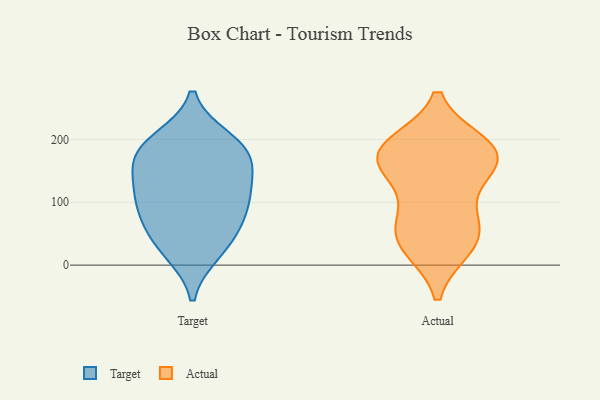
{"axis": {"x": "Market Share (%)", "y": "Value"}, "legend": ["Actual", "Target"], "data": [{"x": "", "y": 59, "type": "Target"}, {"x": "", "y": 111, "type": "Target"}, {"x": "", "y": 185, "type": "Target"}, {"x": "", "y": 88, "type": "Target"}, {"x": "", "y": 76, "type": "Target"}, {"x": "", "y": 128, "type": "Target"}, {"x": "", "y": 199, "type": "Target"}, {"x": "", "y": 189, "type": "Target"}, {"x": "", "y": 164, "type": "Target"}, {"x": "", "y": 29, "type": "Target"}, {"x": "", "y": 21, "type": "Target"}, {"x": "", "y": 121, "type": "Target"}, {"x": "", "y": 169, "type": "Target"}, {"x": "", "y": 46, "type": "Actual"}, {"x": "", "y": 66, "type": "Actual"}, {"x": "", "y": 29, "type": "Actual"}, {"x": "", "y": 182, "type": "Actual"}, {"x": "", "y": 146, "type": "Actual"}, {"x": "", "y": 191, "type": "Actual"}, {"x": "", "y": 81, "type": "Actual"}, {"x": "", "y": 151, "type": "Actual"}, {"x": "", "y": 177, "type": "Actual"}, {"x": "", "y": 174, "type": "Actual"}, {"x": "", "y": 31, "type": "Actual"}, {"x": "", "y": 184, "type": "Actual"}]}